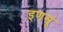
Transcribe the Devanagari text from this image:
इणसूं